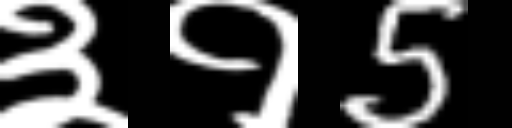
Text: ३१5